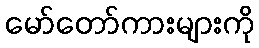
မော်တော်ကားများကို